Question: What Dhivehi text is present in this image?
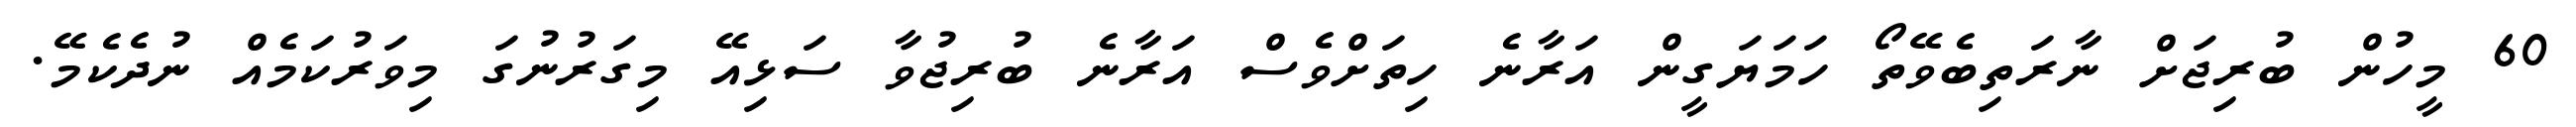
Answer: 60 މީހުން ބުރިޖަށް ނާރަތިބެވޭތޯ ހަމަޔަގީން އަރާނެ ހިތަށްވެސް އަރާނެ ބުރިޖުވާ ސަޅިއޭ މިގަރުނުގަ މިވަރުކަމެއް ނުދެކެމޭ.